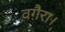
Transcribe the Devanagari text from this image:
वग़ैरा।